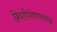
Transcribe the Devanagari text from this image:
क्रियाविशेषणासारखा